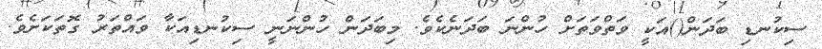
ސިކުނޑި ބަދަން()އަކީ ވަތްވަތަށް ހުންނަ ބަދަނެކެވެ. މިބަދަން ހުންނަނީ ސިކުނޑިއަކާ ވައްތަރު ގޮތަކަށެވެ.